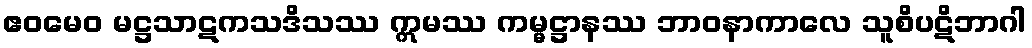
ဧဝမေဝ မဋ္ဌသာဋကသဒိသဿ ဣမဿ ကမ္မဋ္ဌာနဿ ဘာဝနာကာလေ သူစိပဋိဘာဂါ